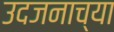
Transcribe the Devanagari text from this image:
उदजनाच्या